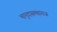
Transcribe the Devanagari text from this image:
भानुदासमहाराज